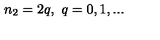
n _ { 2 } = 2 q , \ q = 0 , 1 , . . .